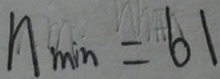
n _ { \min } = 6 1